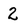
Character: 2